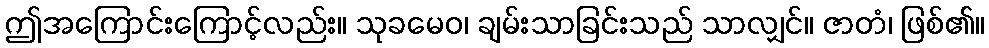
ဤအကြောင်းကြောင့်လည်း။ သုခမေဝ၊ ချမ်းသာခြင်းသည် သာလျှင်။ ဇာတံ၊ ဖြစ်၏။